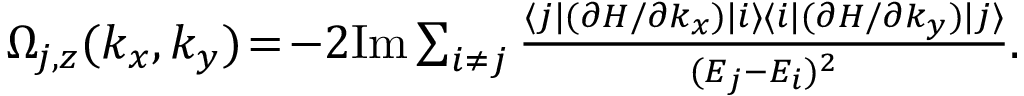
\begin{array} { r } { \Omega _ { j , z } ( k _ { x } , k _ { y } ) \! = \! - 2 \mathrm { I m } \sum _ { i \neq j } \frac { \langle j | ( \partial { \cal H } / \partial k _ { x } ) | i \rangle \langle i | ( \partial { \cal H } / \partial k _ { y } ) | j \rangle } { ( E _ { j } - E _ { i } ) ^ { 2 } } . } \end{array}